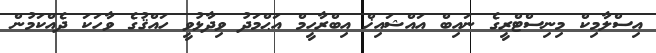
އިސްލާމިކް މިނިސްޓްރީގެ ނައިބް އައްޝައިޚް އިބްރާހީމް އަޙްމަދު ވިދާޅުވީ ހައްޤުގެ ވާހަކަ ދެއްކަމުން